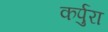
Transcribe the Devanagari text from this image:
कर्पुरा